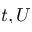
t , U